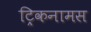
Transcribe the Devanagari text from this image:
ट्रिकनामस